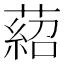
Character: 𦹄